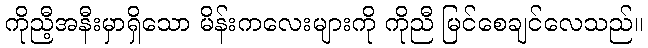
ကိုညီ့အနီးမှာရှိသော မိန်းကလေးများကို ကိုညီ မြင်စေချင်လေသည်။